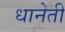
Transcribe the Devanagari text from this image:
धानेती